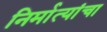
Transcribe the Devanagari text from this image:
निर्मात्यांचा